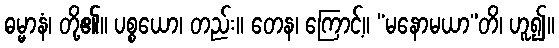
ဓမ္မာနံ၊ တို့၏။ ပစ္စယော၊ တည်း။ တေန၊ ကြောင့်။ “မနောမယာ”တိ၊ ဟူ၍။